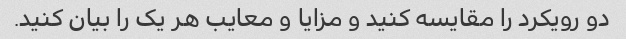
دو رویکرد را مقایسه کنید و مزایا و معایب هر یک را بیان کنید.